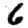
Digit: 6